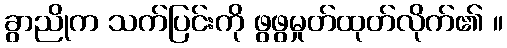
ခွာညိုက သက်ပြင်းကို ဖွဖွမှုတ်ထုတ်လိုက်၏ ။